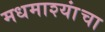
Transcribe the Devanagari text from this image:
मधमाश्यांंचा